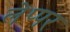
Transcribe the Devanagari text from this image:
लेप्पर